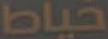
خياط